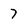
Character: 7